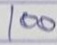
100